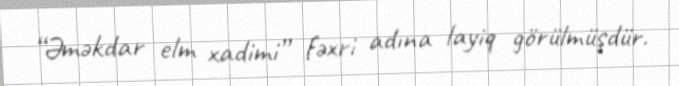
“Əməkdar elm xadimi” fəxri adına layiq görülmüşdür.